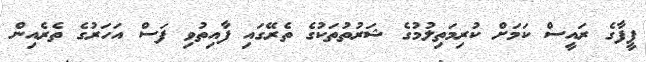
ފީފާގެ ރައީސް ކަމަށް ކުރިމަތިލުމުގެ ޝަރުތުތަކުގެ ތެރޭގައި ފާއިތުވި ފަސް އަހަރުގެ ތެރެއިން